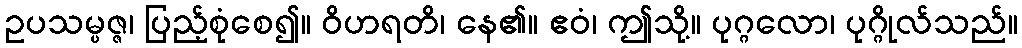
ဥပသမ္ပဇ္ဇ၊ ပြည့်စုံစေ၍။ ဝိဟရတိ၊ နေ၏။ ဧဝံ၊ ဤသို့။ ပုဂ္ဂလော၊ ပုဂ္ဂိုလ်သည်။